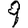
Digit: 9